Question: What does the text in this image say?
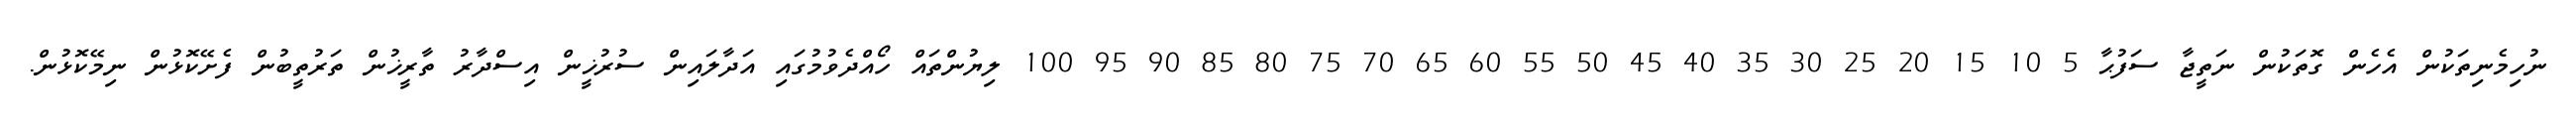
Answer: ނުހިމެނިތަކުން އެހެން ގޮތަކުން ނަތީޖާ ސަފުޙާ 5 10 15 20 25 30 35 40 45 50 55 60 65 70 75 80 85 90 95 100 ލިޔުންތައް ހޯއްދެވުމުގައި އަދާލައިން ސުރުޚީން އިސްދާރު ތާރީޚުން ތަރުތީބުން ފެށޭކޮޅުން ނިމޭކޮޅުން.